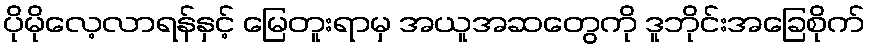
ပိုမိုလေ့လာရန်နှင့် မြေတူးရာမှ အယူအဆတွေကို ဒူဘိုင်းအခြေစိုက်